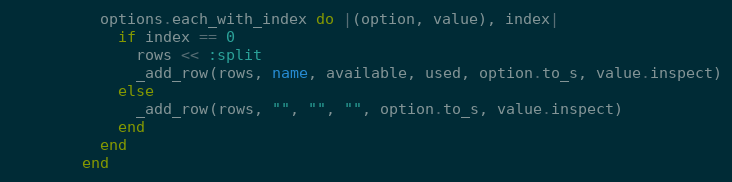
Language: Ruby
          options.each_with_index do |(option, value), index|
            if index == 0
              rows << :split
              _add_row(rows, name, available, used, option.to_s, value.inspect)
            else
              _add_row(rows, "", "", "", option.to_s, value.inspect)
            end
          end
        end